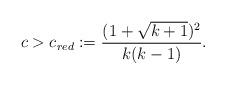
LaTeX: \begin{align*}c>c_{red} := \frac{(1+\sqrt{k+1})^2}{k(k-1)}.\end{align*}